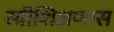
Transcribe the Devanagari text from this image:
स्त्रीशिक्षणास